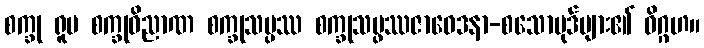
စက္ခု ရူပ စက္ခုဝိညာဏ စက္ခုသမ္ပဿ စက္ခုသမ္ဖဿဇာဝေဒနာ-စသောပုဒ်များ၏ ဝိဂ္ဂဟ။